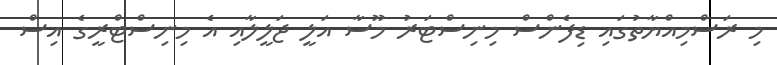
މި ރަސްމިއްޔާތުގައި ޑިފެންސް މިނިސްޓަރު މޫސާ އަލީ ޖަލީލާއި އެ މިނިސްޓްރީގެ އިސް